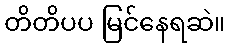
တိတိပပ မြင်နေရဆဲ။